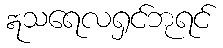
ဣသရေလရှင်ဘုရင်